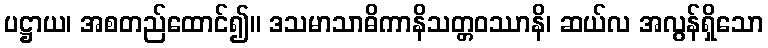
ပဋ္ဌာယ၊ အစတည်ထောင်၍။ ဒသမာသာဓိကာနိသတ္တဝဿာနိ၊ ဆယ်လ အလွန်ရှိသော